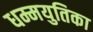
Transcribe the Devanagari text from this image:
धम्मयुतिका